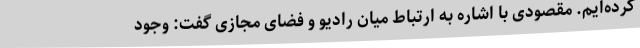
کرده‌ایم. مقصودی با اشاره به ارتباط میان رادیو و فضای مجازی گفت: وجود